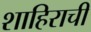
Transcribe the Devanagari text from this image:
शाहिराची